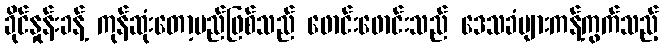
ခိုင်နှုန်းခန့် ကုန်ဆုံးတော့မည်ဖြစ်သည် ဖောင်းဖောင်းသည် ဒေသခံများကန့်ကွက်သည့်